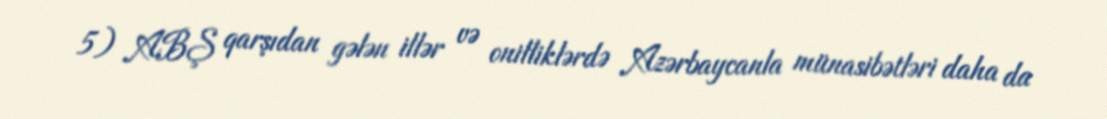
5) ABŞ qarşıdan gələn illər və onilliklərdə Azərbaycanla münasibətləri daha da